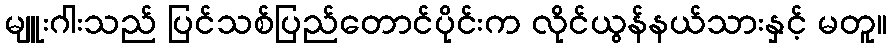
မျူးဂါးသည် ပြင်သစ်ပြည်တောင်ပိုင်းက လိုင်ယွန်နယ်သားနှင့် မတူ။